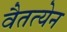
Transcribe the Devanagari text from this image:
वैतत्येन